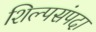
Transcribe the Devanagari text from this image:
शिल्पसंपदा